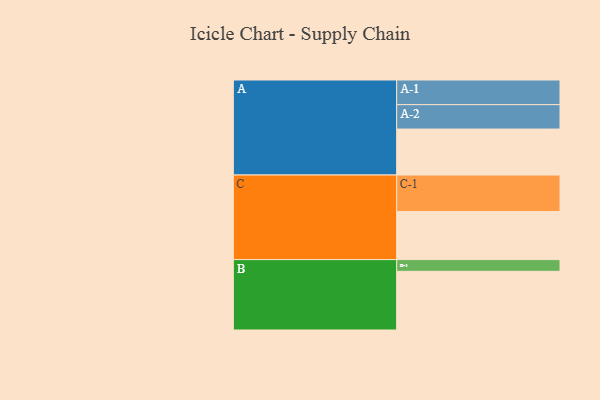
{"axis": {"x": "Segment", "y": "Value"}, "legend": ["", "A", "B", "C"], "data": [{"x": "A", "y": 377, "type": ""}, {"x": "B", "y": 481, "type": ""}, {"x": "C", "y": 394, "type": ""}, {"x": "A-1", "y": 202, "type": "A"}, {"x": "A-2", "y": 200, "type": "A"}, {"x": "B-1", "y": 96, "type": "B"}, {"x": "C-1", "y": 299, "type": "C"}]}